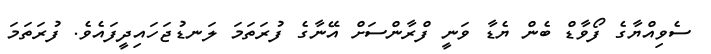
ސެވިއްޔާގެ ފޯވާޑް ބެން ޔެޑާ ވަނީ ފްރާންސަށް އޭނާގެ ފުރަތަމަ ލަނޑުޖަހައިދީފައެވެ. ފުރަތަމަ